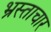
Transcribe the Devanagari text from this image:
भ्रस्ताचार